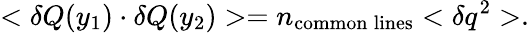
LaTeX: <\delta Q(y_{1})\cdot\delta Q(y_{2})>=n_{\mathrm{common}\: \mathrm{lines}}<\delta q^{2}>.